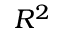
R ^ { 2 }